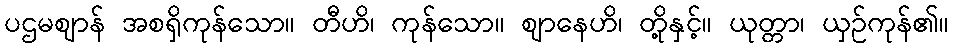
ပဌမဈာန် အစရှိကုန်သော။ တီဟိ၊ ကုန်သော။ ဈာနေဟိ၊ တို့နှင့်။ ယုတ္တာ၊ ယှဉ်ကုန်၏။